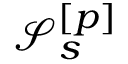
\mathcal { S } _ { s } ^ { [ p ] }